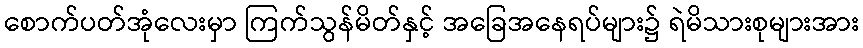
စောက်ပတ်အုံလေးမှာ ကြက်သွန်မိတ်နှင့် အခြေအနေရပ်များ၌ ရဲမိသားစုများအား